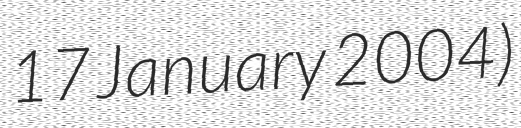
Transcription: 17 January 2004)